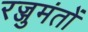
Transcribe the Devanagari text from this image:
रज्जुमंतों